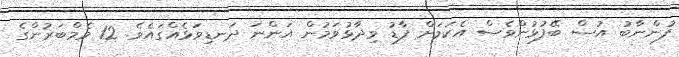
ފުންނާބު އުސް ބޭފުޅުންވެސް އެކަމަށް ފާޑު ވިދާޅުވަމުން އަންނަ ދަނޑިވަޅެއްގައެވެ. 12 މެމްބަރުންގެ